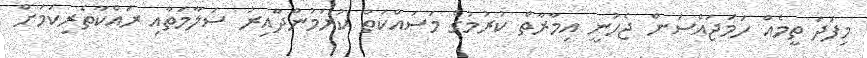
މިފަދަ ތީމެއް ހަމަޖައްސަން ޖެހުނީ އިމާރާތް ކުރުމުގެ މަސައްކަތް ކުރަމުންދާއިރު ސަލާމަތާއި ރައްކާތެރިކަމަށް